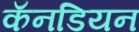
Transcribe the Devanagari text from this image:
कॅनडियन